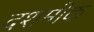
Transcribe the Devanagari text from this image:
दशमीक